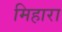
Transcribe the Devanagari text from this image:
मिहारा